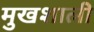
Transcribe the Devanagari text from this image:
मुखशाली